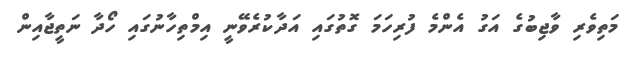
މަތިވެރި ވާޖިބުގެ އަގު އެންމެ ފުރިހަމަ ގޮތުގައި އަދާކުރެވޭނީ އިމްތިހާނުގައި ހޯދާ ނަތީޖާއިން